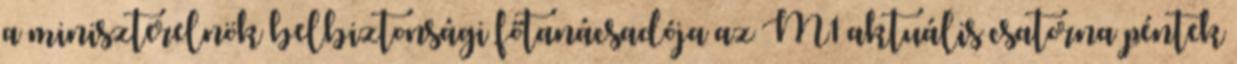
a miniszterelnök belbiztonsági főtanácsadója az M1 aktuális csatorna péntek